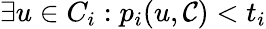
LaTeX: \exists u\in C_{i}:p_{i}(u,\mathcal{C})<t_{i}